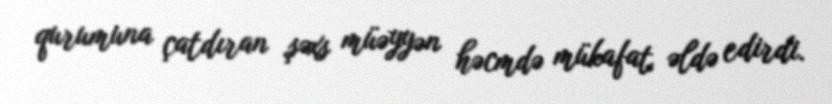
qurumuna çatdıran şəxs müəyyən həcmdə mükafat əldə edirdi.